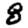
Digit: 8